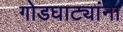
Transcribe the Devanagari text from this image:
गोडघाट्यांना